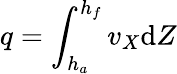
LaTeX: q=\int_{h_{a}}^{h_{f}}v_{X}\mathrm{d}Z